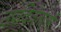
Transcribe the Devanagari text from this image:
उपविजेताओं